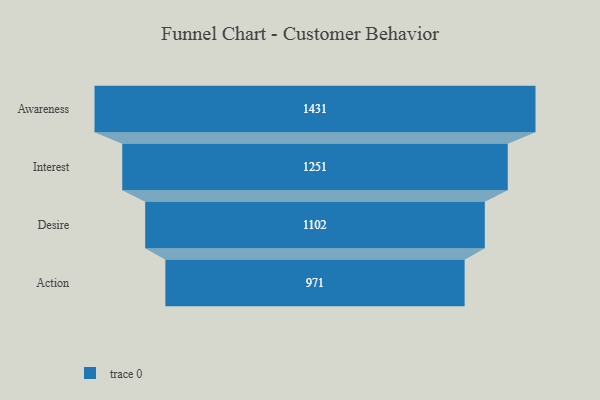
{"axis": {"x": "Stage", "y": "Value"}, "legend": [""], "data": [{"x": "Awareness", "y": 1431.0, "type": ""}, {"x": "Interest", "y": 1251.0, "type": ""}, {"x": "Desire", "y": 1102.0, "type": ""}, {"x": "Action", "y": 971.0, "type": ""}]}